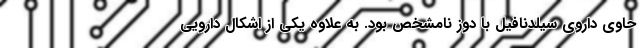
حاوی داروی سیلدنافیل با دوز نامشخص بود. به علاوه یکی از اشکال دارویی